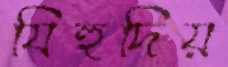
যিহুদিয়